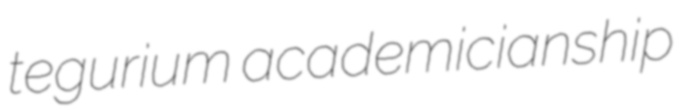
tegurium academicianship